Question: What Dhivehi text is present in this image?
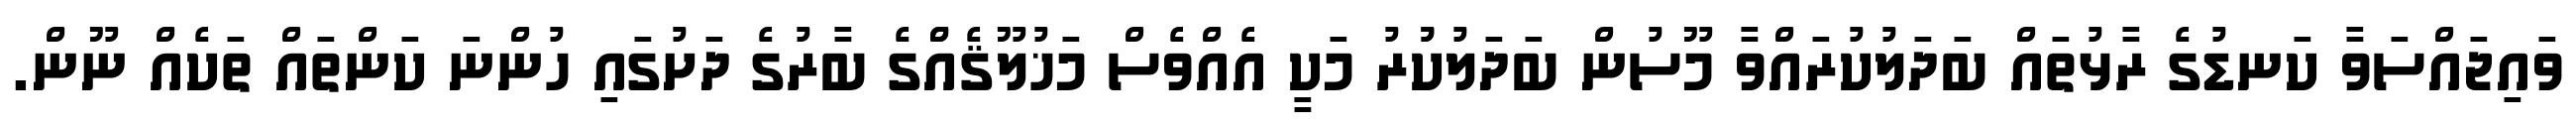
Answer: ވައިޖައްސަވާ ކަނޑުގެ ރާޅުތައް ބަދަލުކުރައްވާ މޫސުން ބަދަލުކުުރު މަކީ އެއްވެސް މަޚުލޫޤެއްްގެ ބާރުގެ ދަށުގައި ހުންނަ ކަންތައް ތަކެއް ނޫން.